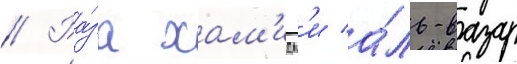
// Ра́за хам'идм'и а́ль-вазар